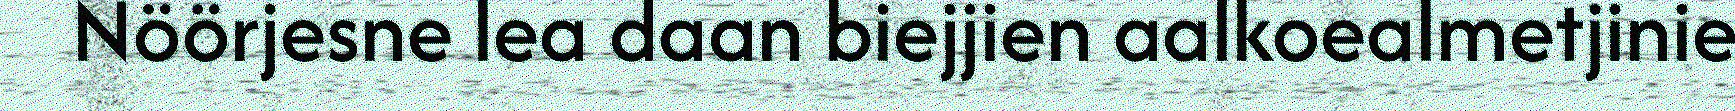
Nöörjesne lea daan biejjien aalkoealmetjinie